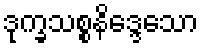
ဒုက္ခသစ္စနိဒ္ဒေသော